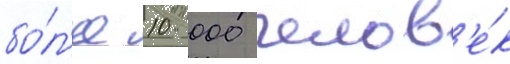
бо́л'ее 10 000 челов'е́к